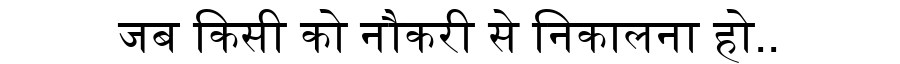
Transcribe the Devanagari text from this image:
जब किसी को नौकरी से निकालना हो..